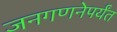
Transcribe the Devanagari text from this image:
जनगणनेपर्यंत